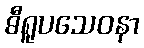
ဓီရူပသေဝနာ